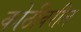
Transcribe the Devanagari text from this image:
कोठीवरील